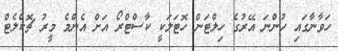
ހަވާނާގައި ހުންނަ އޭރުގެ ހިލްޓަން ހޮޓަލަކީ ކާސްޓްރޯ އަށް އެންމެ މީރު ޗޮކްލެޓް